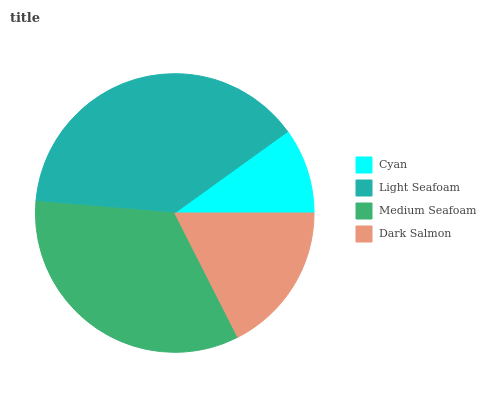
| Cyan | Light Seafoam | Medium Seafoam | Dark Salmon |
 | --- | --- | --- | --- |
 | 9.96% | 38.7% | 33.8% | 17.5% |